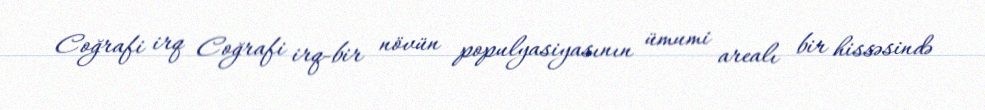
Coğrafi irq Coğrafi irq-bir növün populyasiyasının ümumi arealı bir hissəsində